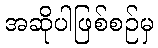
အဆိုပါဖြစ်စဉ်မှ